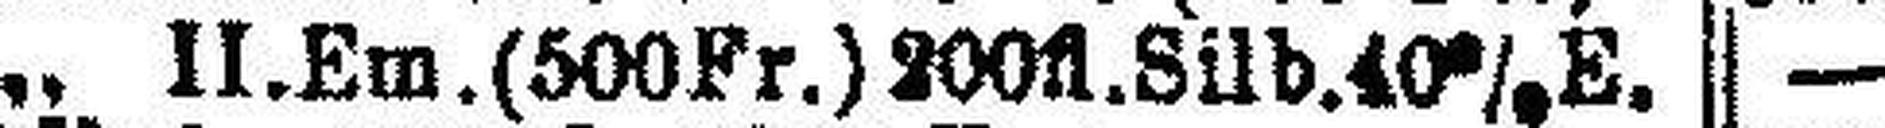
„ II.Em.(500Fr.)200fl.Silb.40%E.